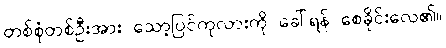
တစ်စုံတစ်ဦးအား သော့ပြင်ကုလားကို ခေါ်ရန် စေခိုင်းလေ၏။